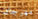
مهرجان